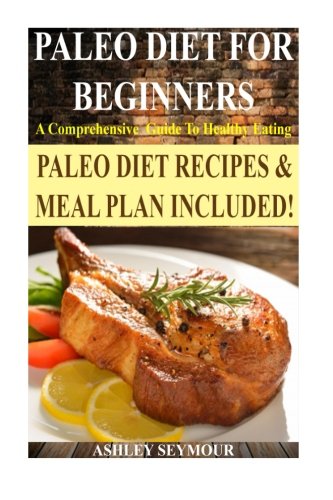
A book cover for Paleo Diet For Beginners: A Comprehensive Guide To Healthy Eating *** BONUS Paleo Meal Plan! ***  (Paleo Diet, Paleo Diet For Beginners, Paleo Diet Recipes, Paleo Diet Cookbook); Ashley Seymour; Health, Fitness & Dieting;